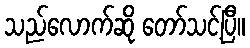
သည်လောက်ဆို တော်သင့်ပြီ။